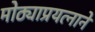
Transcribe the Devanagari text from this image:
मोठ्याप्रयत्नाने